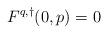
LaTeX: \begin{align*}F^{q,\dagger}(0,p) = 0\end{align*}